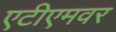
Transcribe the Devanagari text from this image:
एटीएमवर